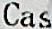
CAS